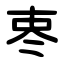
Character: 栆